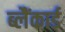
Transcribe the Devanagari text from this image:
ब्लैंकार्ड